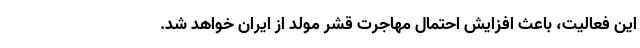
این فعالیت، باعث افزایش احتمال مهاجرت قشر مولد از ایران خواهد شد.